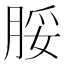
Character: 脮